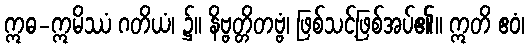
ဣဓ-ဣမိဿံ ဂတိယံ၊ ၌။ နိဗ္ဗတ္တိတဗ္ဗံ၊ ဖြစ်သင့်ဖြစ်အပ်၏။ ဣတိ ဧဝံ၊